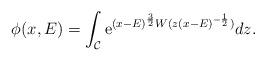
LaTeX: \begin{align*}\phi(x,E)= \int_{\cal C} {\rm e}^{ (x-E)^{\frac{3}{2}}W(z (x-E)^{-\frac{1}{2}} ) } dz.\end{align*}